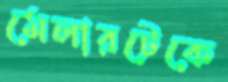
মেলারটেকে